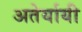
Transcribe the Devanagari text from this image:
अतेर्यायी